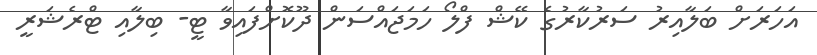
އަހަރަށް ބަލާއިރު ސަރުކާރުގެ ކޭޝް ފްލޯ ހަމަޖައްސަން ދޫކޮށްފައިވާ ޓީ- ބިލާއި ޓްރެޝަރީ